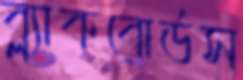
ব্ল্যাকবোর্ডস